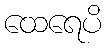
ထေရေပိ